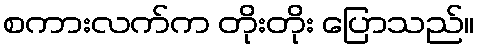
စကားလက်က တိုးတိုး ပြောသည်။